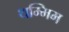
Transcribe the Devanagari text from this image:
थम्मिम